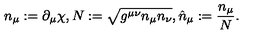
n _ { \mu } : = \partial _ { \mu } \chi , N : = \sqrt { g ^ { \mu \nu } n _ { \mu } n _ { \nu } } , \hat { n } _ { \mu } : = \frac { n _ { \mu } } { N } .